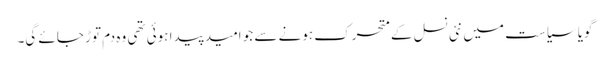
گویا سیاست میں نئی نسل کے متحرک ہونے سے جو امید پیدا ہوئی تھی وہ دم توڑ جائے گی۔